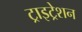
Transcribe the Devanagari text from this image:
ट्राइट्रेशन